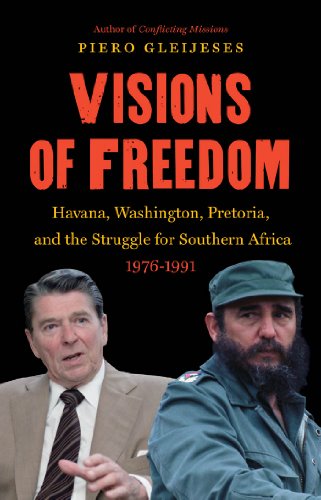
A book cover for Visions of Freedom: Havana, Washington, Pretoria, and the Struggle for Southern Africa, 1976-1991 (The New Cold War History); Piero Gleijeses; History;